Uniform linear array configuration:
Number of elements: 24
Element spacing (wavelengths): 0.5
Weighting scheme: uniform
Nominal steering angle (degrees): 45
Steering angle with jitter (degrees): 43.574
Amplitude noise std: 0.05
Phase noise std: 0.05

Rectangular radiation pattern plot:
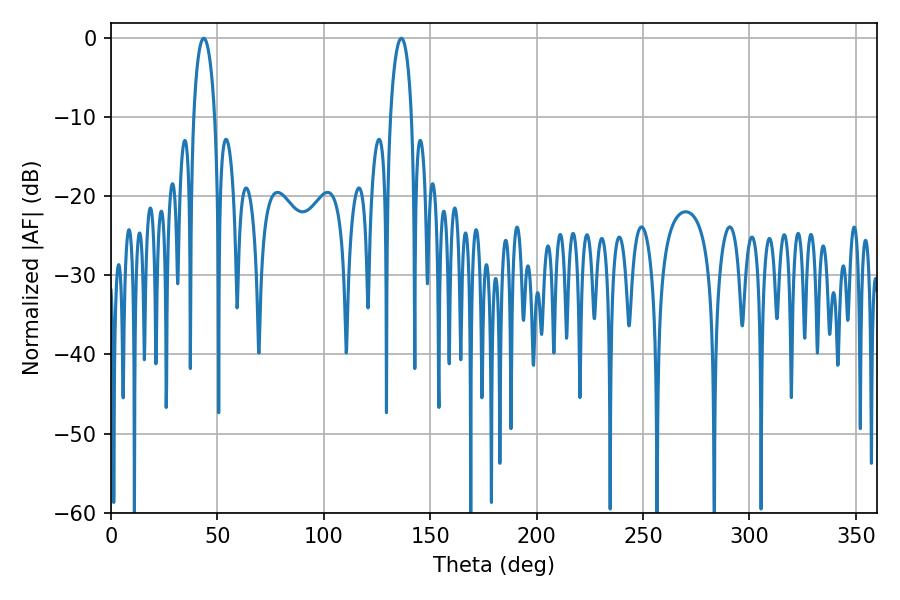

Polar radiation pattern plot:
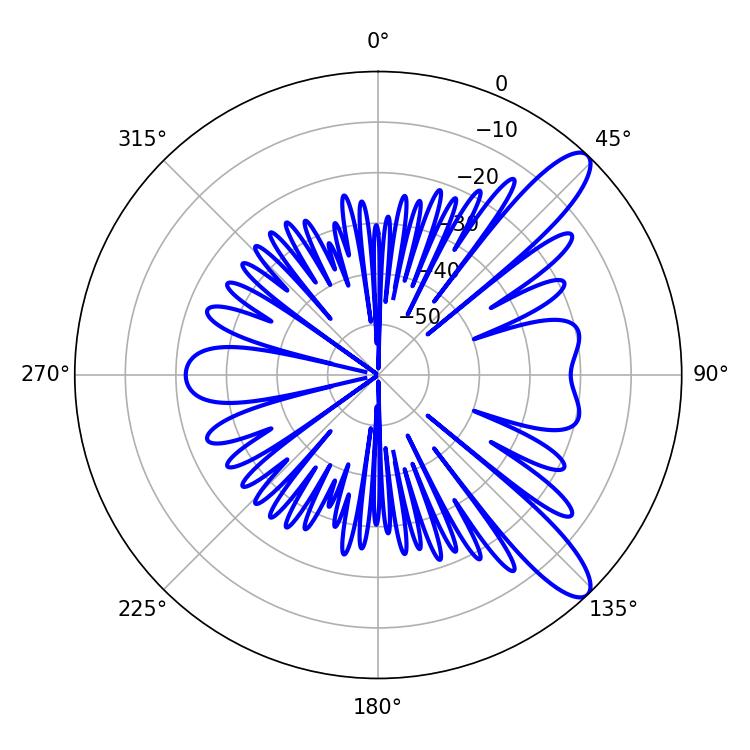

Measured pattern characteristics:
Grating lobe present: FALSE
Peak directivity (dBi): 11.029
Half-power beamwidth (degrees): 5.58
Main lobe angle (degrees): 43.56